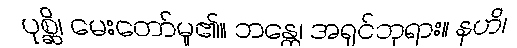
ပုစ္ဆိ၊ မေးတော်မူ၏။ ဘန္တေ၊ အရှင်ဘုရား။ နဟိ၊